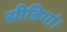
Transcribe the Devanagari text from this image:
सीडियां।